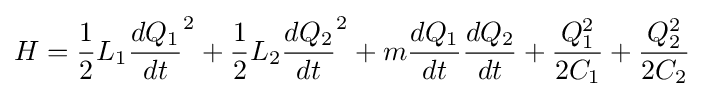
H={\frac {1}{2}}L_{1}{\frac {dQ_{1}}{dt}}^{2}+{\frac {1}{2}}L_{2}{\frac {dQ_{2}}{dt}}^{2}+m{\frac {dQ_{1}}{dt}}{\frac {dQ_{2}}{dt}}+{\frac {Q_{1}^{2}}{2C_{1}}}+{\frac {Q_{2}^{2}}{2C_{2}}}